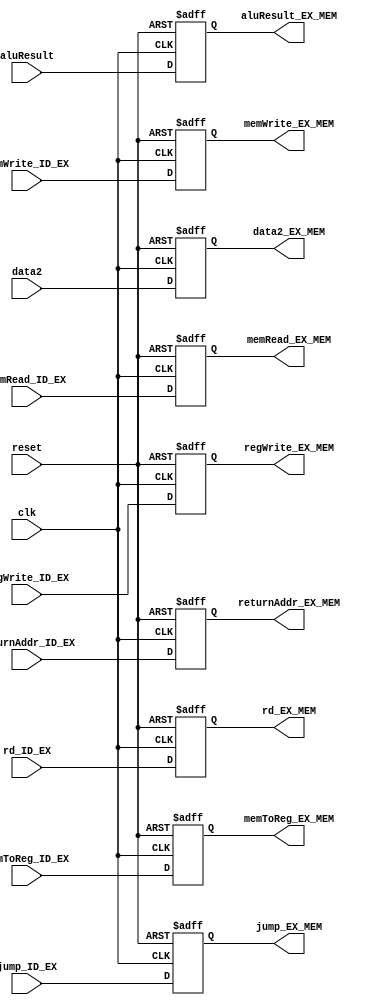
`timescale 1ns / 1ps
//////////////////////////////////////////////////////////////////////////////////
// Company: 
// Engineer: 
// 
// Design Name: 
// Module Name: EX_MEM
// Project Name: 
// Target Devices: 
// Tool Versions: 
// Description: 
// 
// Dependencies: 
// 
// Revision:
// Revision 0.01 - File Created
// Additional Comments:
// 
//////////////////////////////////////////////////////////////////////////////////

module EX_MEM_reg(returnAddr_EX_MEM,regWrite_EX_MEM,memWrite_EX_MEM,memRead_EX_MEM,
              memToReg_EX_MEM,rd_EX_MEM,aluResult_EX_MEM,data2_EX_MEM,jump_EX_MEM,
              regWrite_ID_EX,memWrite_ID_EX,memRead_ID_EX,returnAddr_ID_EX,
              memToReg_ID_EX,rd_ID_EX,aluResult,data2,jump_ID_EX,clk,reset);
output reg [31:0]aluResult_EX_MEM,data2_EX_MEM,returnAddr_EX_MEM;
output reg [4:0]rd_EX_MEM;
output reg regWrite_EX_MEM,memWrite_EX_MEM,memRead_EX_MEM,memToReg_EX_MEM,jump_EX_MEM;
input [31:0] aluResult,data2,returnAddr_ID_EX;
input [4:0]rd_ID_EX;
input regWrite_ID_EX,memWrite_ID_EX,memRead_ID_EX,memToReg_ID_EX,jump_ID_EX,clk,reset;

always@(posedge clk, negedge reset)
begin
if(reset==0) 
    begin 
        returnAddr_EX_MEM = 0;
        regWrite_EX_MEM = 0;
        memWrite_EX_MEM = 0;
        memRead_EX_MEM = 0;
        memToReg_EX_MEM = 0;
        rd_EX_MEM = 0;
        aluResult_EX_MEM = 0;
        data2_EX_MEM = 0;
        jump_EX_MEM = 0;
    end

else
    begin 
        returnAddr_EX_MEM = returnAddr_ID_EX;
        regWrite_EX_MEM = regWrite_ID_EX;
        memWrite_EX_MEM = memWrite_ID_EX;
        memRead_EX_MEM = memRead_ID_EX;
        memToReg_EX_MEM = memToReg_ID_EX;
        rd_EX_MEM = rd_ID_EX;
        aluResult_EX_MEM = aluResult;
        data2_EX_MEM = data2;
        jump_EX_MEM = jump_ID_EX;
    end
end

endmodule